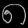
Digit: ၈